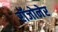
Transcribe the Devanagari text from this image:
रॉजोनेर